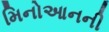
મિનોઆનની